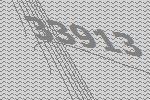
33913